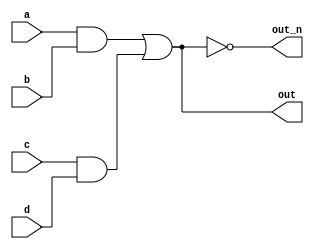
// This program was cloned from: https://github.com/viduraakalanka/HDL-Bits-Solutions
// License: The Unlicense

`default_nettype none
module top_module(
    input a,
    input b,
    input c,
    input d,
    output out,
    output out_n   ); 
	
    wire int1,int2;
    
    assign int1 = a&b;
    assign int2 = c&d;
    assign out = int1|int2;
    assign out_n = ~out;
    
endmodule